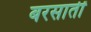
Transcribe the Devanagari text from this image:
बरसातीं